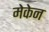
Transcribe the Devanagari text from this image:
मेकेन